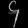
Digit: ၄